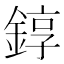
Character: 錞